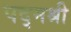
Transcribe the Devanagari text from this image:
पद्‌मश्री